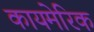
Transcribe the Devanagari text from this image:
कायमेरिक